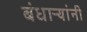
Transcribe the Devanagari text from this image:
बंधाऱ्यांनी